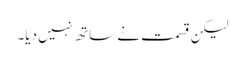
لیکن قسمت نے ساتھ نہیں دیا۔